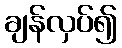
ချန်လှပ်၍